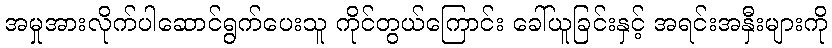
အမှုအားလိုက်ပါဆောင်ရွက်ပေးသူ ကိုင်တွယ်ကြောင်း ခေါ်ယူခြင်းနှင့် အရင်းအနှီးများကို